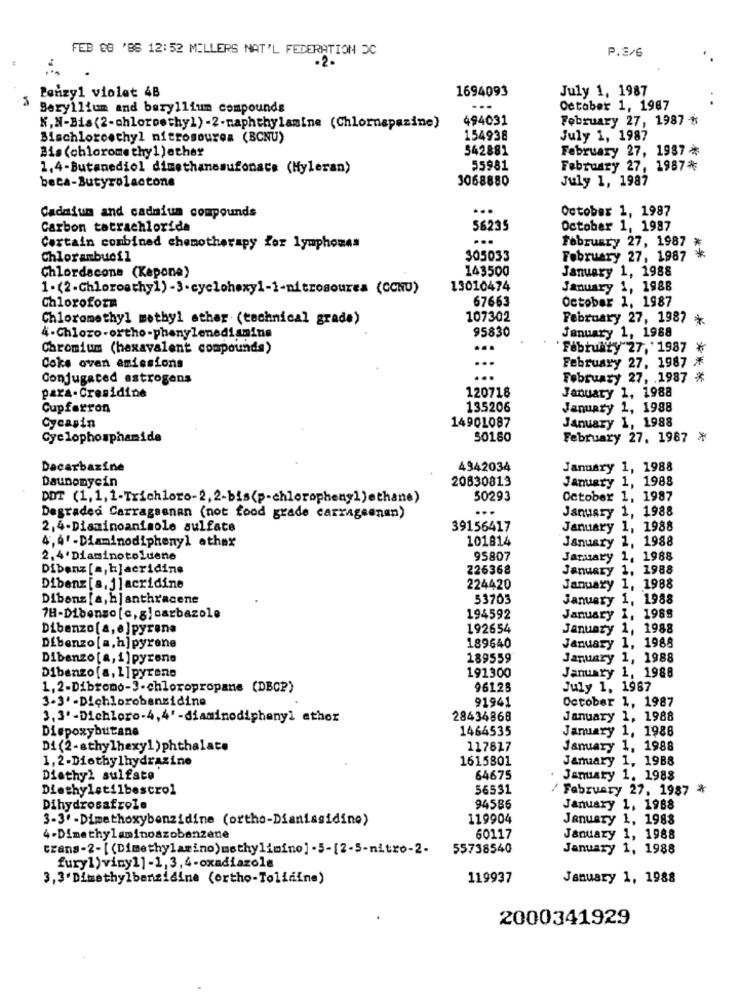
FEB CO '88 12:52 MILLERS NAT'L FEDERATION DC
P.3/6
.2.
Perzy1 violet 4B
1694093
July 1, 1987
Beryllium and beryllium compounds
...
October 1, 1987
494031
February 27, 1987 *
K,N-Bis(2-chloroethyl)-2-naphthylamine (Chlornapazine)
Bischloroethyl nitrosouren (BCNU)
154938
July 1, 1987
Bis (chloromethyl)other
542881
February 27, 1987 *
1.4-Butanediol dimethanesufonace (Myleran)
55981
February 27, 1987*
3068880
July 1, 1987
...
October 1, 1987
Cadmium and cadmium compounds
Carbon tatrachlorida
56235
October 1, 1987
...
February 27, 1987
Certain combined chemotherapy for lymphomes
Chlorambuefl
305033
February 27, 1987 *
143500
January 1, 1988
Chlordscone (Kepone)
1-(2-Chloroathy1)-3-cyclohexy1-1-nitrosourea (CCNU)
13010474
January 1, 1988
67663
October 1, 1987
Chloroform
Chloromethyl methyl other (technical grade)
107302
February 27, 1987 *
95830
4-Chloro-ortho-phanylenediamine
January 1, 1988
Chromium (hexavalent compounds)
...
February 27, ' 1987 *
Coke oven emissions
February 27, 1987 /
Conjugated estrogens
...
February 27, 1987 *
120718
para-Cresidine
January 1, 1988
Cupfarron
135206
January 1, 1988
Cycasin
14901087
January 1, 1988
Cyclophosphamide
50180
February 27. 1987 *
Dacarbazine
4942034
January 1, 1988
Daunomycin
20830813
January 1, 1988
DOT (1,1,1-Trichloro-2, 2-bis(p-chlorophenyl )ethane)
50293
October 1, 1987
...
January 1, 1988
Degraded Carragsanan (not food grade carrageenan)
2,4-Diaminoanisole sulfate
39156417
January 1, 1988
4,4' - Diaminodiphenyl athex
January 1, 1988
101814
2.4' Diaminotoluene
95807
January 1, 1988
Dibenz [a, h]acridine
226368
January 1, 1988
Dibenz [s. j]acridine
224420
January 1, 1988
Dibenz [a, h] anthracene
53703
January 1, 1988
7H-Dibenso [c, g]carbazole
194592
January 1, 1988
Dibenzo[a, e]pyrena
192654
January 1, 1988
Dibenzo [a,h] pyrene
189640
January 1, 1988
Dibenzo[a, i] pyrene
189559
January 1, 1988
191300
Dibenzo [a, 1]pyrene
January 1, 1988
1,2-Dibromo-3-chloropropane (DBCP)
96125
July 1, 1987
3-3' -Dichlorobenzidine
91941
October 1, 1987
3, 3' -Dichloro-4,4' -diaminodiphenyl athor
28434868
January 1, 1988
Diepoxybutane
1464535
January 1, 1988
Di (2-sthylhexyl)phthalate
117817
January 1, 1988
1,2-Diethylhydrazine
1615801
January 1, 1988
Diethyl sulfate
64675
January 1. 1988
Diethyletilbescrol
56531
/ February 27. 1987 *
Dihydrosafrole
94586
January 1, 1988
3-3 .- Dimethoxybenzidine (ortho-Dianiasidine)
119904
January 1, 1983
4 -Dimethylaminoszobenzene
60117
January 1, 1988
trans-2-[ (Dimethylamino) methylimino] -5-[2-5-nitro-2-
55738540
January 1, 1988
furyl,viny1]-1, 3,4-oxadiazole
3,3'Dimethylbenzidine (ortho-Tolidine)
119937
January 1, 1988
2000341929